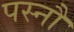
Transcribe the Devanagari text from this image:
पस्नौ